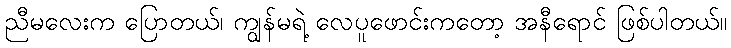
ညီမလေးက ပြောတယ်၊ ကျွန်မရဲ့ လေပူဖောင်းကတော့ အနီရောင် ဖြစ်ပါတယ်။